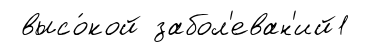
высо́кой забол'еван'ий1